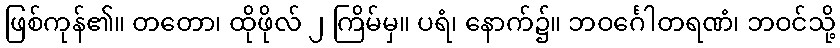
ဖြစ်ကုန်၏။ တတော၊ ထိုဖိုလ် ၂ ကြိမ်မှ။ ပရံ၊ နောက်၌။ ဘဝင်္ဂေါတရဏံ၊ ဘဝင်သို့